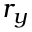
r _ { y }